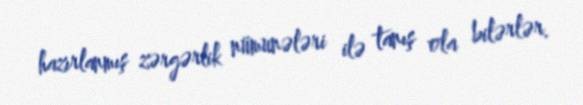
hazırlanmış zərgərlik nümunələri ilə tanış ola bilərlər.